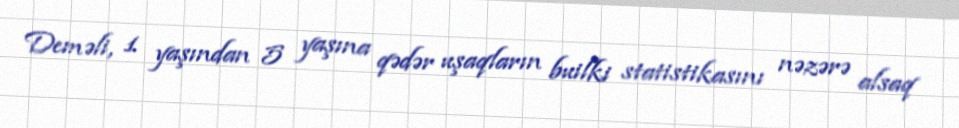
Deməli, 1 yaşından 5 yaşına qədər uşaqların builki statistikasını nəzərə alsaq